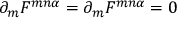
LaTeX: \partial _ { m } { \cal F } ^ { m n \alpha } = \partial _ { m } F ^ { m n \alpha } = 0